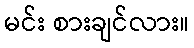
မင်း စားချင်လား။